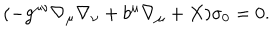
( - g ^ { \mu \nu } \nabla _ { \mu } \nabla _ { \nu } + b ^ { \mu } \nabla _ { \mu } + X ) \sigma _ { 0 } = 0 .